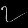
Digit: ၇